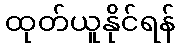
ထုတ်ယူနိုင်ရန်